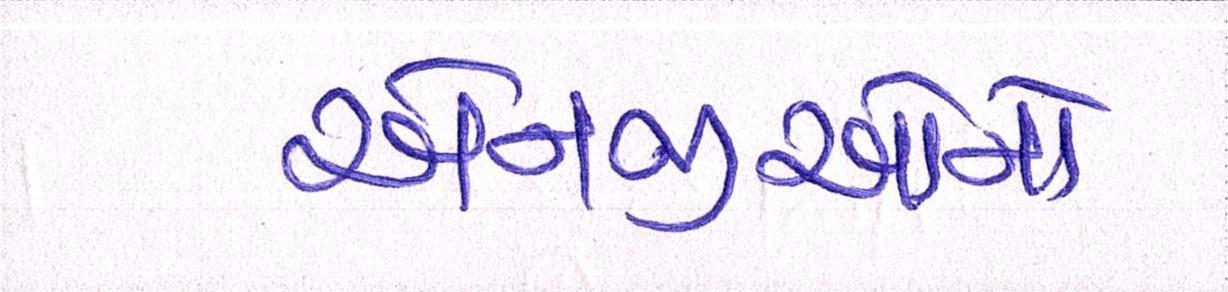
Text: એનજીઓનો